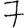
Digit: 7